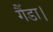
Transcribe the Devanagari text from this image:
गैंडा।